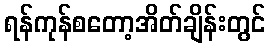
ရန်ကုန်စတော့အိတ်ချိန်းတွင်